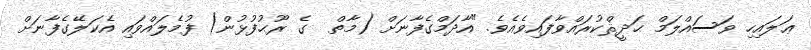
ޢަލައިހި ވަސައްލަމް ޙަދީޘްކުރައްވާފައިވެއެވެ. "އާދަމްގެފާނަށް (މާތް  ގެ ރޫޙުފުޅުން) ފުމެލައްވައި އެކަލޭގެފާނަށް